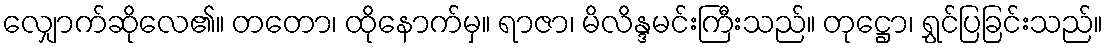
လျှောက်ဆိုလေ၏။ တတော၊ ထိုနောက်မှ။ ရာဇာ၊ မိလိန္ဒမင်းကြီးသည်။ တုဋ္ဌော၊ ရွှင်ပြခြင်းသည်။